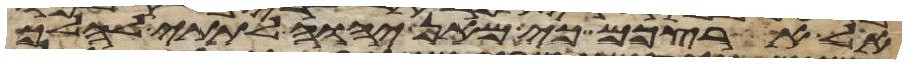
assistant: אל ארצכם כי מאן יהוה לתתי להלך